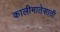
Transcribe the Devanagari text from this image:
कालीमातेसाठी